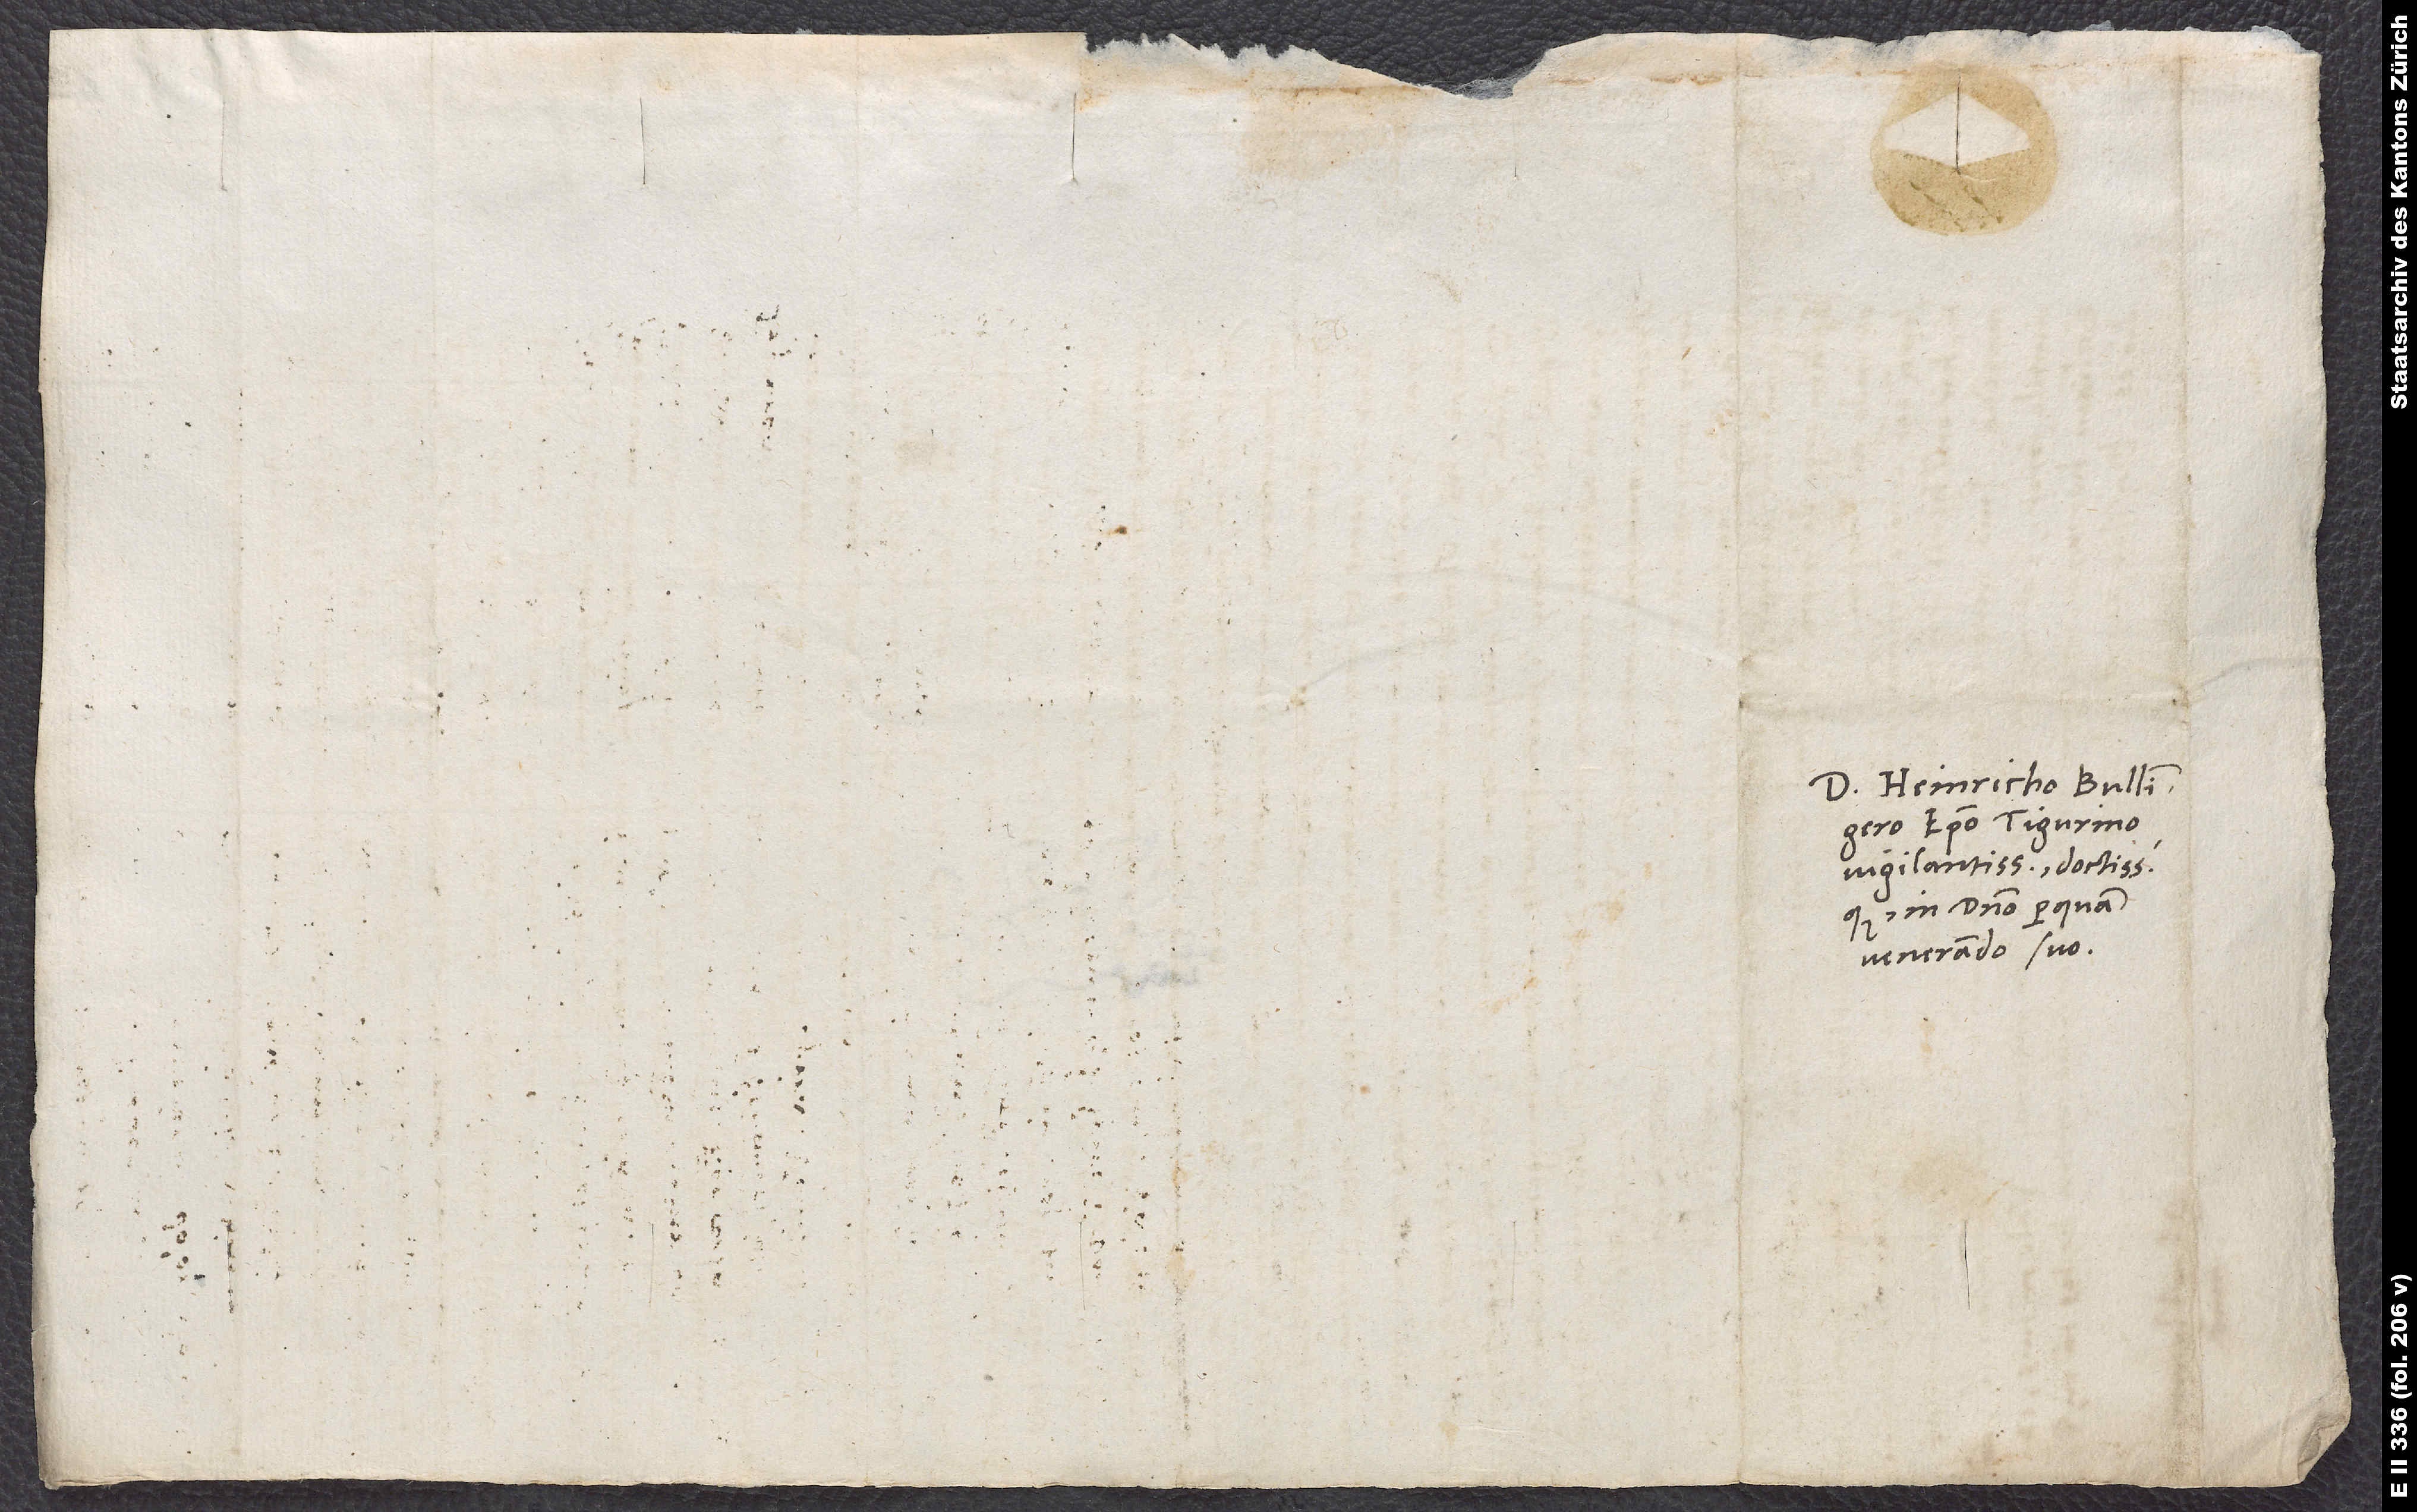
Domino Heinricho Bullingero,
episcopo Tigurino
vigilantissimo doctissimoque,
in domino perquam
venerando suo.